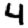
Digit: 4